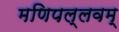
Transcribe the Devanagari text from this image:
मणिपल्लवम्